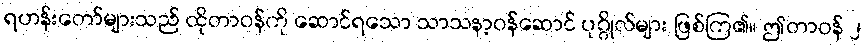
ရဟန်းတော်များသည် ထိုတာဝန်ကို ဆောင်ရသော သာသနာ့ဝန်ဆောင် ပုဂ္ဂိုလ်များ ဖြစ်ကြ၏။ ဤတာဝန် ၂